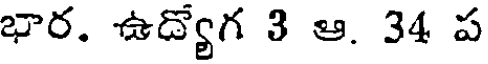
భార. ఉడ్యోగ 3 ఆ. 34 ప